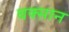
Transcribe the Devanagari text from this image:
बक्सान